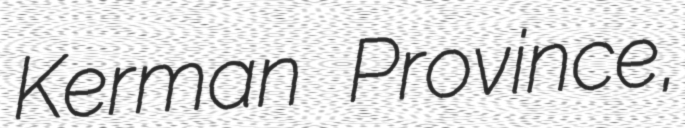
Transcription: Kerman Province,